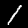
Digit: 1